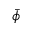
\bar { \phi }